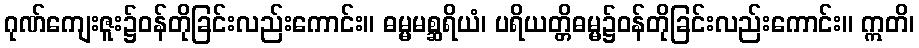
ဂုဏ်ကျေးဇူး၌ဝန်တိုခြင်းလည်းကောင်း။ ဓမ္မမစ္ဆရိယံ၊ ပရိယတ္တိဓမ္မ၌ဝန်တိုခြင်းလည်းကောင်း။ ဣတိ၊